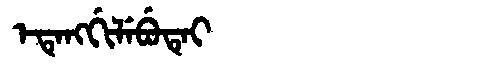
Manchu: ᡝᡨᡝᠩᡤᡳᠯᡝᠪᡠᡨᡝᡳ
Romanization: ETENGGILEBUTEI